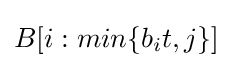
B[i:min\{b_{i}t,j\}]